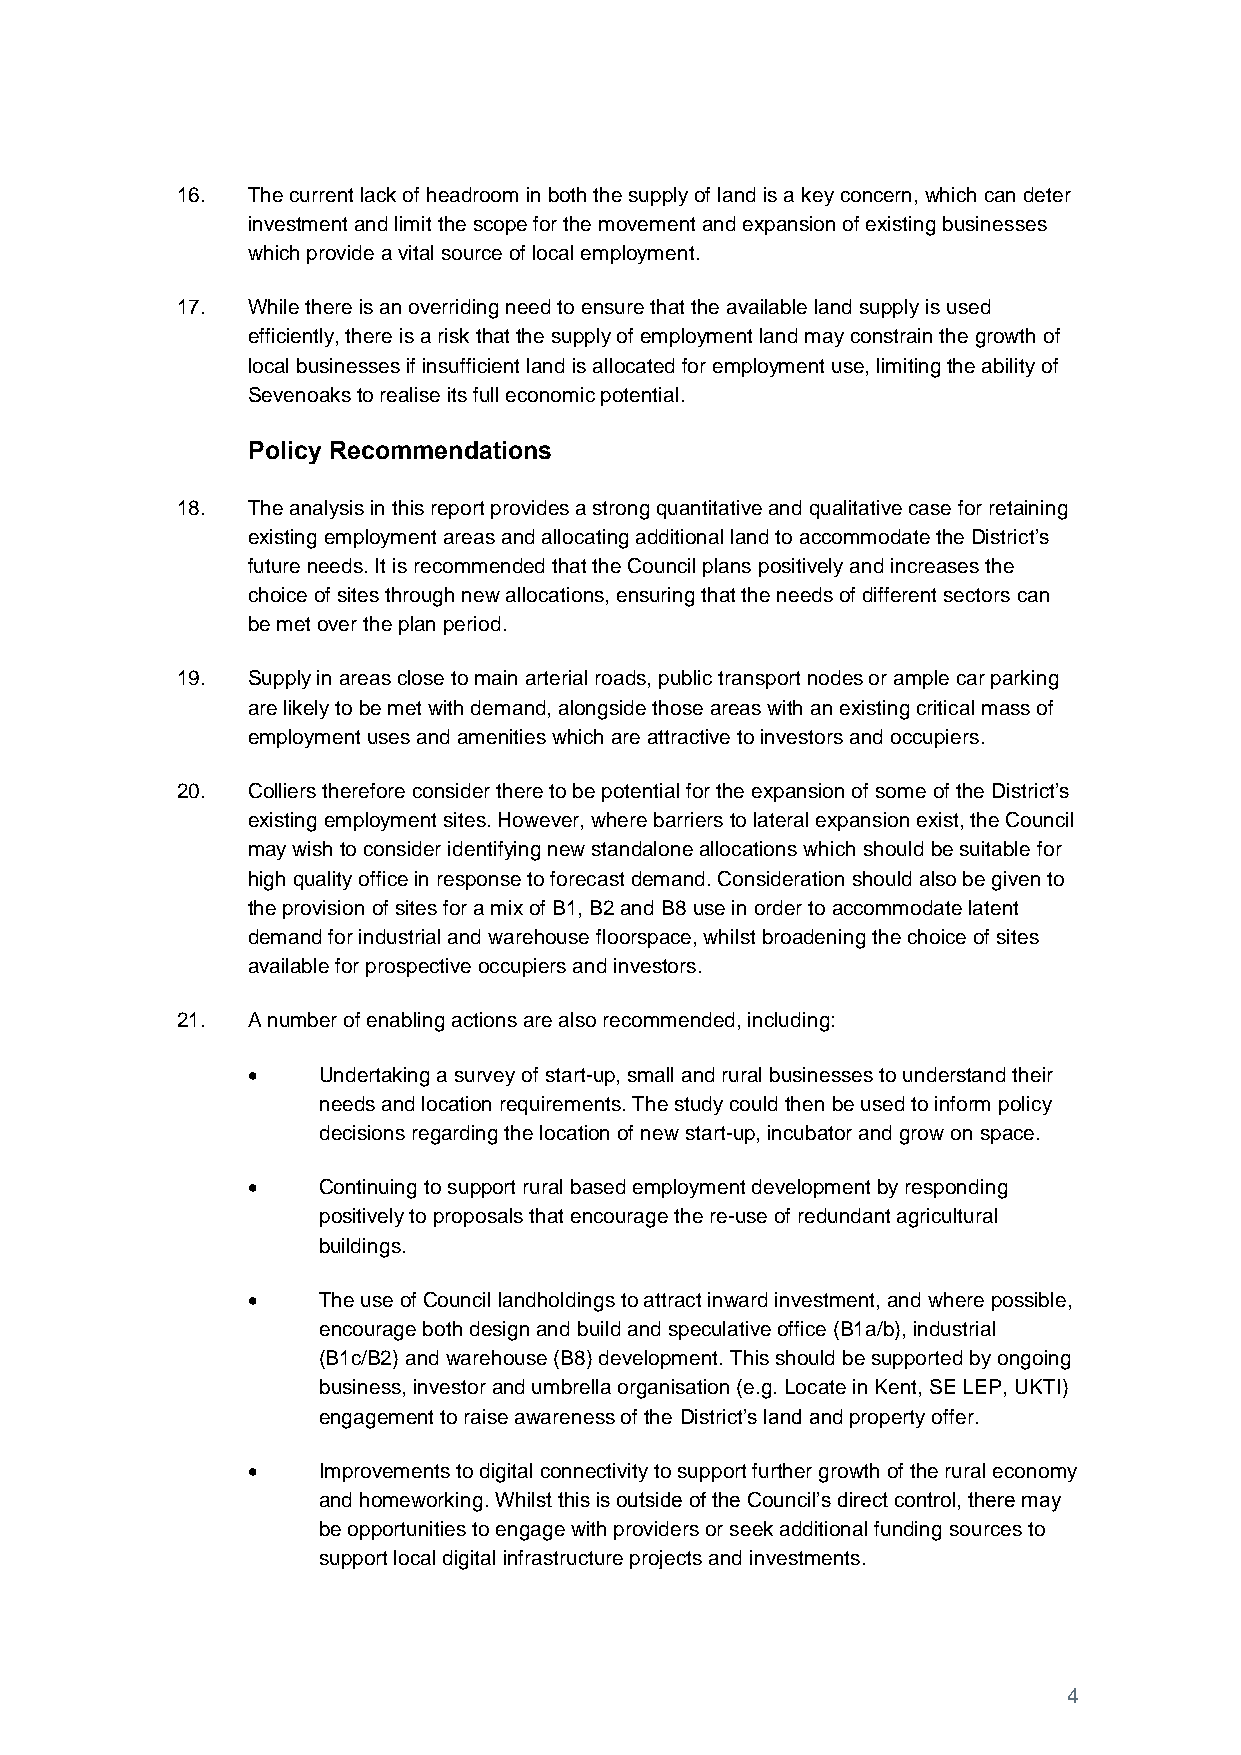
16. The current lack of headroom in both the supply of land is a key concern, which can deter
 investment and limit the scope for the movement and expansion of existing businesses
 which provide a vital source of local employment.
 17. While there is an overriding need to ensure that the available land supply is used
 efficiently, there is a risk that the supply of employment land may constrain the growth of
 local businesses if insufficient land is allocated for employment use, limiting the ability of
 Sevenoaks to realise its full economic potential.
 Policy Recommendations
 18. The analysis in this report provides a strong quantitative and qualitative case for retaining
 existing employment areas and allocating additional land to accommodate the District’s
 future needs. It is recommended that the Council plans positively and increases the
 choice of sites through new allocations, ensuring that the needs of different sectors can
 be met over the plan period.
 19. Supply in areas close to main arterial roads, public transport nodes or ample car parking
 are likely to be met with demand, alongside those areas with an existing critical mass of
 employment uses and amenities which are attractive to investors and occupiers.
 20. Colliers therefore consider there to be potential for the expansion of some of the District’s
 existing employment sites. However, where barriers to lateral expansion exist, the Council
 may wish to consider identifying new standalone allocations which should be suitable for
 high quality office in response to forecast demand. Consideration should also be given to
 the provision of sites for a mix of B1, B2 and B8 use in order to accommodate latent
 demand for industrial and warehouse floorspace, whilst broadening the choice of sites
 available for prospective occupiers and investors.
 21. A number of enabling actions are also recommended, including:
     Undertaking a survey of start-up, small and rural businesses to understand their
 needs and location requirements. The study could then be used to inform policy
 decisions regarding the location of new start-up, incubator and grow on space.
     Continuing to support rural based employment development by responding
 positively to proposals that encourage the re-use of redundant agricultural
 buildings.
     The use of Council landholdings to attract inward investment, and where possible,
 encourage both design and build and speculative office (B1a/b), industrial
 (B1c/B2) and warehouse (B8) development. This should be supported by ongoing
 business, investor and umbrella organisation (e.g. Locate in Kent, SE LEP, UKTI)
 engagement to raise awareness of the District’s land and property offer.
     Improvements to digital connectivity to support further growth of the rural economy
 and homeworking. Whilst this is outside of the Council’s direct control, there may
 be opportunities to engage with providers or seek additional funding sources to
 support local digital infrastructure projects and investments.
 4